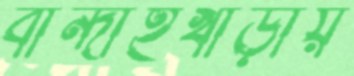
বান্দাইখাড়ায়